Report of the King Institute of Preventive Medicine, Guindy
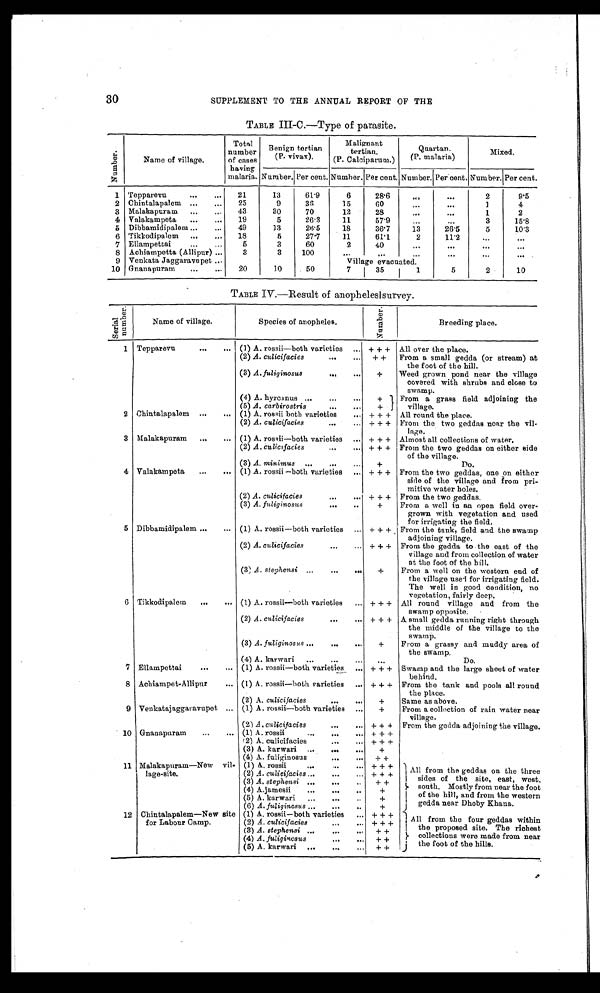
30
SUPPLEMENT TO THE ANNUAL REPORT OF THE
TABLE III-C.—Type of parasite.
Nu mb e r .
Name of village.
Total
number
of cases
having
malaria.
Benign tortian
(P. vivax).
Malignant
tertian.
(P. Calciparum.)
Quartan.
(P. malaria)
Mixed.
Number.
Per cent. Number. Per cent.
Per cent.
p e r c e n t .
Number.
Number.
1
Tepparevu . . .
21
13
61.9
6
28.6
. . .
. . .
2
9.5
2
Chintalapalem
. . .
25
9
36
15
60
. . .
. . .
1
4
3
Malakapuram . . .
43
30
70
12
28
. . .
. . .
1
2
4
Valakampeta . . .
19
5
26.3
11
57.9
. . .
. . .
3
15.8
5
Dibbamidipalem . . .
49
13
26.5
18
36.7
13
26.5
5
10.3
6
Tikkodipalem . . .
18
5
27.7
11
61.1
2
11.2
. . .
. . .
7
Ellampettai . . .
5
3
60
2
40
. . .
. . .
. . .
. . .
8
Achiampetta (Allipur) . . .
3
3
100
. . .
. . .
. . .
. . .
. . .
. . .
9
Venkata Jaggaravupet . . .
Village evacuated.
10 Gnanapuram . . .
20
10
50
7
35
1
5
2
10
TABLE IV.—Result of anopheleslsurvey.
S e r i a l n u m b e r .
Name of village.
Species of anopheles.
N u m b e r .
Breeding place.
1 Tepparevu . . .
(1) A. rossii—both varieties . . . + + +
All over the place.
(2) A. culicifacies . . .
+ +
From a small gedda (or stream) at
the foot of the hill.
(3) A. fuliginosus . . .
+
Weed grown pond near the village
covered with shrubs and close to
swamp.
(4) A. hyrcanus . . .
+
From a grass field adjoining the
(5) A. carbirostris . . .
+
village.
2
Chintalapalem . . .
(1) A. rossii both varieties . . . + + +
All round the place.
(2) A. culicifacies . . . + + +
From the two geddas near the vil
-
lage.
3
Malakapuram . . .
(1) A. rossii—both varieties . . . + + +
Almost all collections of water.
(2) A. culicifacies . . . + + +
From the two geddas on either side
of the village.
(3) A. minimus . . .
+
Do.
4 Valakampeta
. . .
(1) A. rossii —both varieties . . . + + +
From the two geddas, one on either
side of the village and from pri-
mitive water holes.
(2) A. culicifacies . . . + + +
From the two geddas.
(3) A. fuliginosus . . .
+
From a well in an open field over -
grown with vegetation and used
for irrigating the field.
5 Dibbamidipalem . . .
(1) A. rossii—both varieties . . . + + + From the tank, field and the swamp
adjoining village.
(2) A. culicifacies . . . + + +
From the gedda to the east of the
village and from collection of water
at the foot of the hill.
(3) A. stephensi . . .
+
From a well on the western end of
the village used for irrigating field.
The well in good condition, no
vegetation, fairly deep.
6
Tikkodipalern . . .
(1) A. rossii—both varieties . . . + + +
All round village and from the
swamp opposite.
(2) A. culicifacies . . . + + +
A small gedda running right through
the middle of the village to the
swamp.
(3) A. fuliginosus . . .
+
From a grassy and muddy area of
the swamp.
(4) A. karwari . . .
. . .
Do.
7
Ellampettai . . . (1) A. rossii—both varieties . . . + + +
Swamp and the large sheet of water
behind.
8 Achiampet-Allipur . . . (1) A, rossii—both varieties . . . + + +
From the tank and pools all round
the place.
(2) A. culicifacies . . .
+
Same as above.
9 Venkatajaggaravupet . . . (1) A. rossii—both varieties . . .
+
From a collection of rain water near
village.
(2) A. culicifacies . . .
+ + +
From the gedda adjoining the village.
10 Gnanapuram . . . (1) A. rossii . . .
+ + +
(2) A. culicifacies . . .
+ + +
(3) A. karwari . . .
+
(4) A. fuliginosus . . .
+ +
11 Malakapuram—New vil-
lage-site.
(1) A. rossii . . .
+ + +
All from the geddas on the three
sides of the site, east, west,
south. Mostly from near the foot
of the hill, and from the western
gedda near Dhoby Khana.
(2) A. culicifacies . . .
+ + +
(3) A. stephensi . . .
+ +
(4) A.jamesii . . .
+
(5) A. karwari . . .
+
(6) A. fuliginosus . . .
+
12
Chintalapalem—New site
for Labour Camp.
(1) A. rossii—both varieties . . .
+ + +
All from the four geddas within
the proposed site. The richest
c o l l e c t i o n s w e r e m a d e f r o m n e a r t h e f o o t o f t h e h i l l s .
(2) A. culicifacies . . .
+ + +
(3) A. stephensi . . .
+ +
+ +
(4) A. fuliginosus . . .
+ +
(5) A. karwari . . .